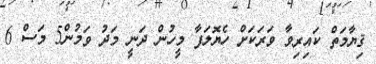
ޤިޔާމަތް ކައިރިވާ ވަރަކަށް ހެޔޮލަފާ މީހުން ދަނީ މަދު ވަމުން5 މަސް 6